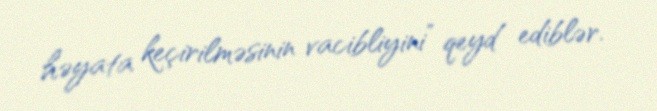
həyata keçirilməsinin vacibliyini” qeyd ediblər.